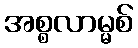
အစ္စလာမ္မစ်